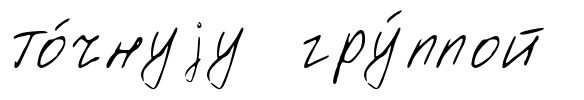
то́чнуjу гру́ппой